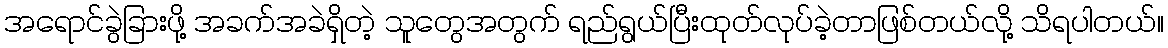
အရောင်ခွဲခြားဖို့ အခက်အခဲရှိတဲ့ သူတွေအတွက် ရည်ရွယ်ပြီးထုတ်လုပ်ခဲ့တာဖြစ်တယ်လို့ သိရပါတယ်။